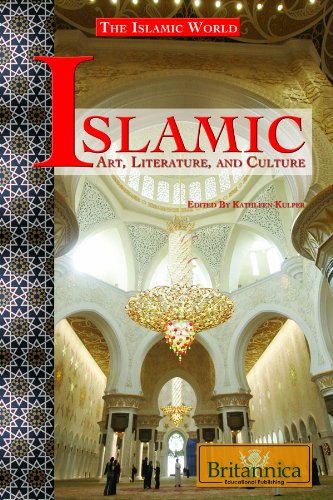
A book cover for Islamic Art, Literature, and Culture (The Islamic World); Teen & Young Adult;